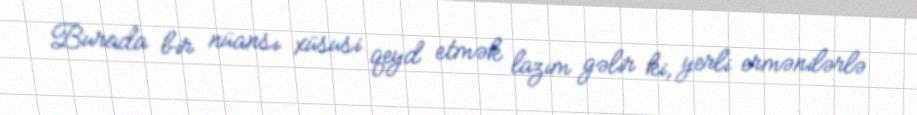
Burada bir nüansı xüsusi qeyd etmək lazım gəlir ki, yerli ermənilərlə